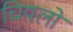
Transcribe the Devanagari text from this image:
चियलो